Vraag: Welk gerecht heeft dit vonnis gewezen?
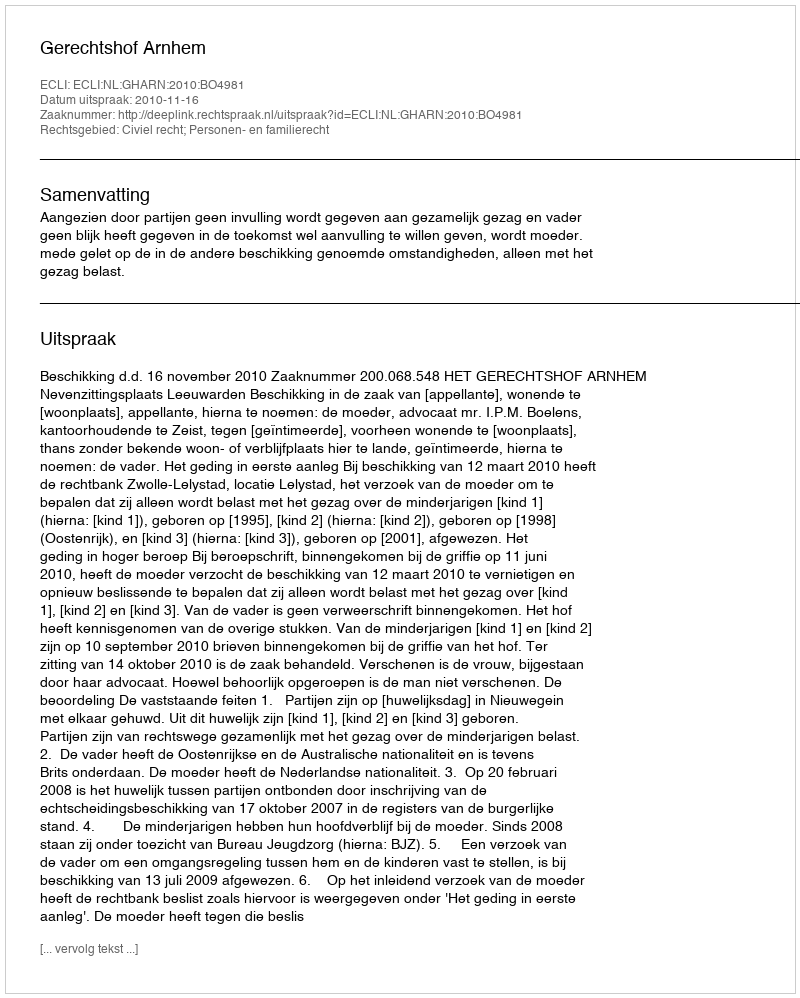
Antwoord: Gerechtshof Arnhem